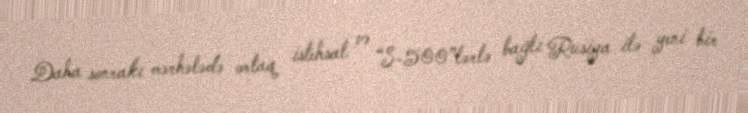
Daha sonrakı mərhələdə ortaq istehsal və “S-500”lərlə bağlı Rusiya ilə yeni bir